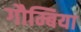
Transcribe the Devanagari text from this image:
गौम्बिया